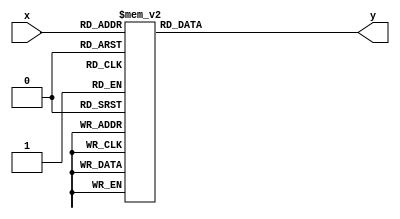
module hex15(x, y);
	input [3:0]x;
	output reg [6:0]y;
	
	always @(*) begin
		case(x) 
			4'b0000:y = 7'b1000000;
			4'b0001:y = 7'b1111001;
			4'b0010:y = 7'b0100100;
			4'b0011:y = 7'b0110000;
			4'b0100:y = 7'b0011001;
			4'b0101:y = 7'b0010010;
			4'b0110:y = 7'b0000010;
			4'b0111:y = 7'b1111000;
			4'b1000:y = 7'b0000000;
			4'b1001:y = 7'b0010000;
			4'b1010:y = 7'b0001000;
			4'b1011:y = 7'b0000011;
			4'b1100:y = 7'b1000110;
			4'b1101:y = 7'b0100001;
			4'b1110:y = 7'b0000110;
			4'b1111:y = 7'b0001110;
			default: y = 7'b1111111;
		endcase 
	end
endmodule